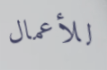
للأعمال